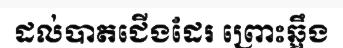
ដល់បាតជើងដែរ ព្រោះឆ្អឹង